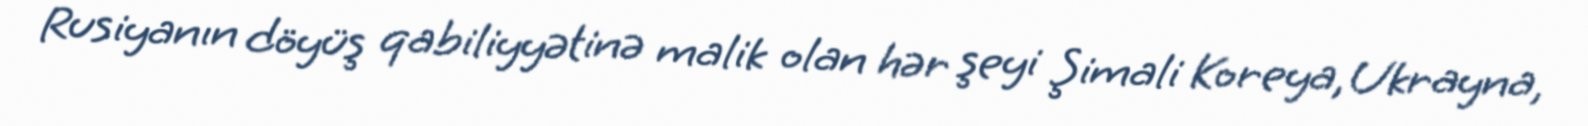
Rusiyanın döyüş qabiliyyətinə malik olan hər şeyi Şimali Koreya, Ukrayna,